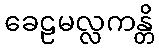
ခေဠမလ္လကန္တိ